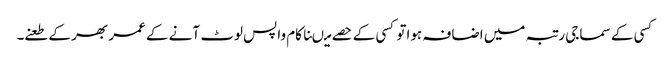
کسی کے سماجی رتبہ میں اضافہ ہواتو کسی کے حصے میںناکام واپس لوٹ آنے کے عمر بھر کے طعنے۔